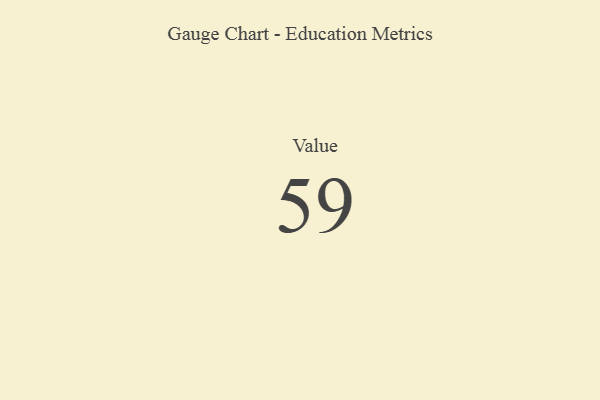
{"axis": {"x": "Metric", "y": "Value"}, "legend": [""], "data": [{"x": "Value", "y": 59, "type": ""}]}